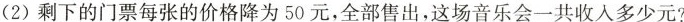
(2)剩下的门票每张的价格降为50元，全部售出，这场音乐会一共收入多少元?